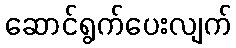
ဆောင်ရွက်ပေးလျက်